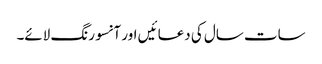
سات سال کی دعا ئیں اور آنسو رنگ لائے۔